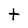
Character: t